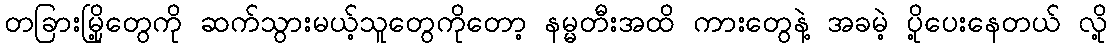
တခြားမြို့တွေကို ဆက်သွားမယ့်သူတွေကိုတော့ နမ္မတီးအထိ ကားတွေနဲ့ အခမဲ့ ပို့ပေးနေတယ် လို့